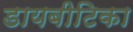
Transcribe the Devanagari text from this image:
डायबीटिका